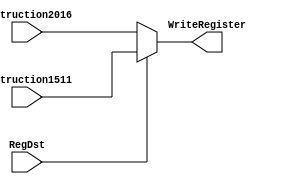
`timescale 1ns / 1ps
//////////////////////////////////////////////////////////////////////////////////
// Company: 
// Engineer: 
// 
// Design Name: 
// Module Name:    MuxRegDst 
// Project Name: 
// Target Devices: 
// Tool versions: 
// Description: 
//
// Dependencies: 
//
// Revision: 
// Revision 0.01 - File Created
// Additional Comments: 
//
//////////////////////////////////////////////////////////////////////////////////
module Mux5bits2entradas(
    input RegDst,
    output reg [4:0] WriteRegister,
    input [4:0] Instruction2016,
    input [4:0] Instruction1511
    );

	initial begin WriteRegister <= 5'b0; end

	always @ (*) begin
		if (~RegDst)
			WriteRegister <= Instruction2016;
		else
			WriteRegister <= Instruction1511;
	end
	

endmodule